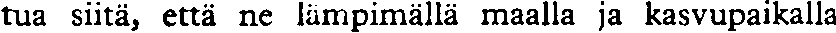
tua siitä, että ne lämpimällä maalla ja kasvupaikalla